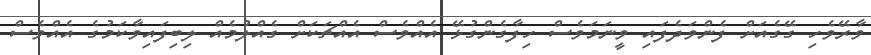
ވާރޭވެހި ގޭގެއަށް ފެންވަދެފައި ވީނަމަވެސް ހިފާގެންގުޅޭ އެއްވެސް އެއްޗަކަށް ގެއްލުމެއް ލިބިފައިވާކަމުގެ އެއްވެސް